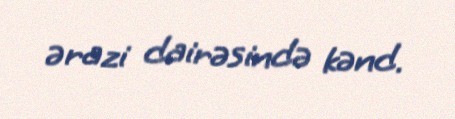
ərazi dairəsində kənd.